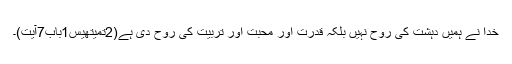
خدا نے ہمیں دہشت کی روح نہیں بلکہ قدرت اور محبت اور تربیت کی روح دی ہے(2تمیتھیس1باب7آیت)۔